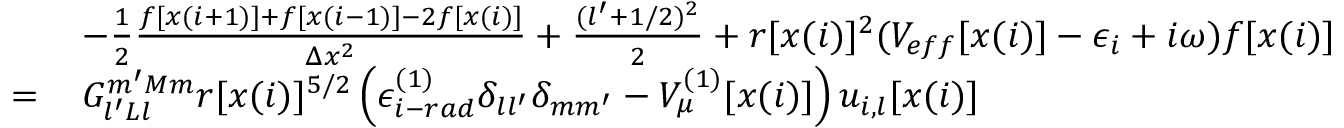
\begin{array} { r l } & { - \frac { 1 } { 2 } \frac { f [ x ( i + 1 ) ] + f [ x ( i - 1 ) ] - 2 f [ x ( i ) ] } { \Delta x ^ { 2 } } + \frac { ( l ^ { \prime } + 1 / 2 ) ^ { 2 } } { 2 } + r [ x ( i ) ] ^ { 2 } ( V _ { e f f } [ x ( i ) ] - \epsilon _ { i } + i \omega ) f [ x ( i ) ] } \\ { = \, } & { G _ { l ^ { \prime } L l } ^ { m ^ { \prime } M m } r [ x ( i ) ] ^ { 5 / 2 } \left( \epsilon _ { i - r a d } ^ { ( 1 ) } \delta _ { l l ^ { \prime } } \delta _ { m m ^ { \prime } } - V _ { \mu } ^ { ( 1 ) } [ x ( i ) ] \right) u _ { i , l } [ x ( i ) ] } \end{array}